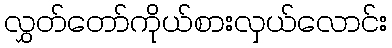
လွှတ်တော်ကိုယ်စားလှယ်လောင်း